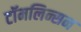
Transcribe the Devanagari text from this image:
टॉमलिन्सन